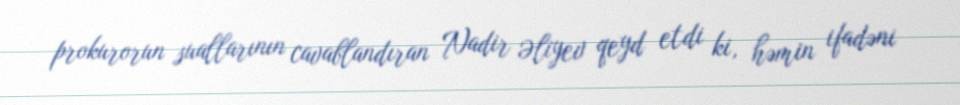
prokurorun suallarının cavablandıran Nadir Əliyev qeyd etdi ki, həmin ifadəni